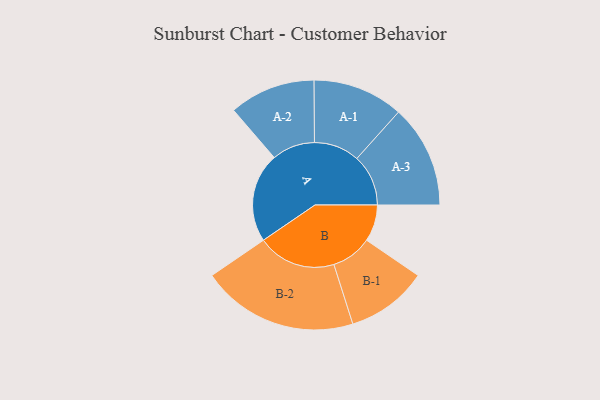
{"axis": {"x": "Segment", "y": "Value"}, "legend": ["", "A", "B"], "data": [{"x": "A", "y": 341, "type": ""}, {"x": "B", "y": 140, "type": ""}, {"x": "A-1", "y": 173, "type": "A"}, {"x": "A-2", "y": 164, "type": "A"}, {"x": "A-3", "y": 196, "type": "A"}, {"x": "B-1", "y": 155, "type": "B"}, {"x": "B-2", "y": 299, "type": "B"}]}